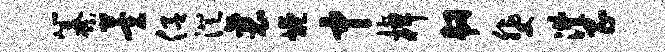
纂萱侣澄襄燎中棹韧斐澧昌